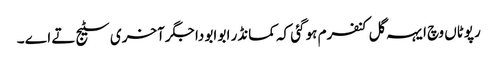
رپوٹاں وچ ایہہ گل کنفرم ہو گئی کہ کمانڈر ابو ابو دا جگر آخری سٹیج تے اے ۔